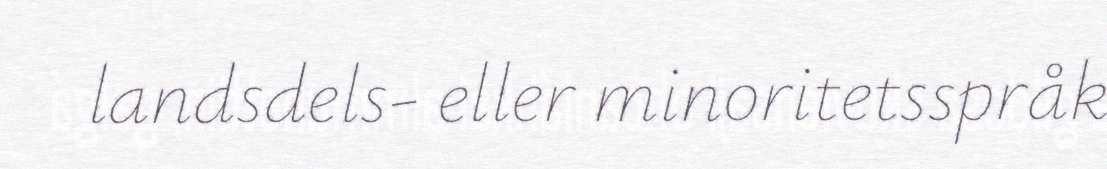
landsdels- eller minoritetsspråk